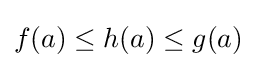
f(a)\leq h(a)\leq g(a)